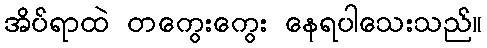
အိပ်ရာထဲ တကွေးကွေး နေရပါသေးသည်။